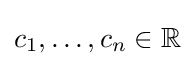
c_{1},\ldots ,c_{n}\in \mathbb {R}